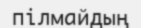
пілмайдың